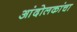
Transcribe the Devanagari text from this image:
आंदोलकांचा